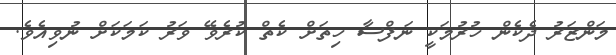
މަންޒަރު ދެކެން ހުރުމަކީ ނަފްސާ ހިތަށް ކެތް ކުރެވޭ ވަރު ކަމަކަށް ނުވިއެވެ.